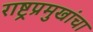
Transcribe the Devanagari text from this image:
राष्ट्रप्रमुखांचा